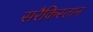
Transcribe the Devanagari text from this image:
सरैकिस्तान